Scientific memoirs by medical officers of the Army of India - Part XI,
Year: 1898
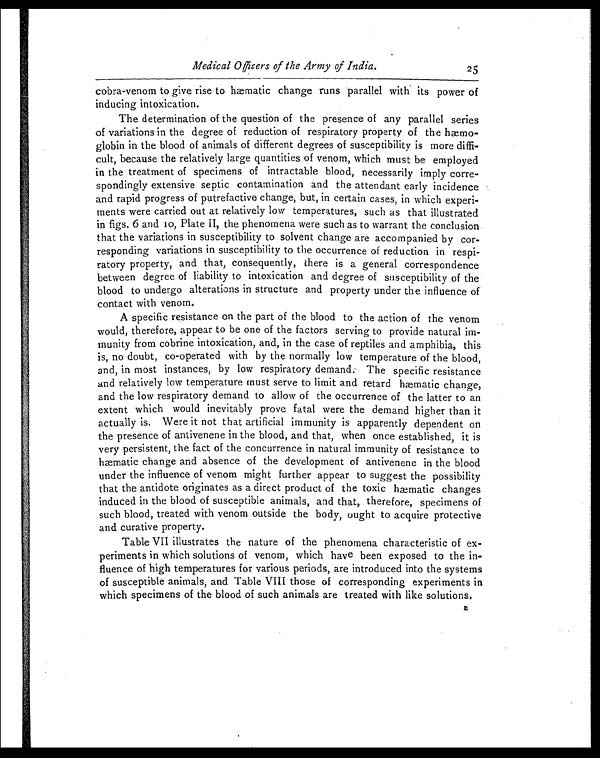
Medical Officers of the Army of India. 25
cobra-venom to give rise to hæmatic change runs parallel with its power of
inducing intoxication.
The determination of the question of the presence of any parallel series
of variations in the degree of reduction of respiratory property of the hæmo-
globin in the blood of animals of different degrees of susceptibility is more diffi-
cult, because the relatively large quantities of venom, which must be employed
in the treatment of specimens of intractable blood, necessarily imply corre-
spondingly extensive septic contamination and the attendant early incidence
and rapid progress of putrefactive change, but, in certain cases, in which experi-
ments were carried out at relatively low temperatures, such as that illustrated
in figs. 6 and 10, Plate II, the phenomena were such as to warrant the conclusion
that the variations in susceptibility to solvent change are accompanied by cor-
responding variations in susceptibility to the occurrence of reduction in respi-
ratory property, and that, consequently, there is a general correspondence
between degree of liability to intoxication and degree of susceptibility of the
blood to undergo alterations in structure and property under the influence of
contact with venom.
A specific resistance on the part of the blood to the action of the venom
would, therefore, appear to be one of the factors serving to provide natural im-
munity from cobrine intoxication, and, in the case of reptiles and amphibia, this
is, no doubt, co-operated with by the normally low temperature of the blood,
and, in most instances, by low respiratory demand. The specific resistance
and relatively low temperature must serve to limit and retard hæmatic change,
and the low respiratory demand to allow of the occurrence of the latter to an
extent which would inevitably prove fatal were the demand higher than it
actually is. Were it not that artificial immunity is apparently dependent on
the presence of antivenene in the blood, and that, when once established, it is
very persistent, the fact of the concurrence in natural immunity of resistance to
hæmatic change and absence of the development of antivenene in the blood
under the influence of venom might further appear to suggest the possibility
that the antidote originates as a direct product of the toxic hæmatic changes
induced in the blood of susceptible animals, and that, therefore, specimens of
such blood, treated with venom outside the body, ought to acquire protective
and curative property.
Table VII illustrates the nature of the phenomena characteristic of ex-
periments in which solutions of venom, which have been exposed to the in-
fluence of high temperatures for various periods, are introduced into the systems
of susceptible animals, and Table VIII those of corresponding experiments in
which specimens of the blood of such animals are treated with like solutions.